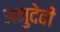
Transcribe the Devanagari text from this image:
अनुदेवी